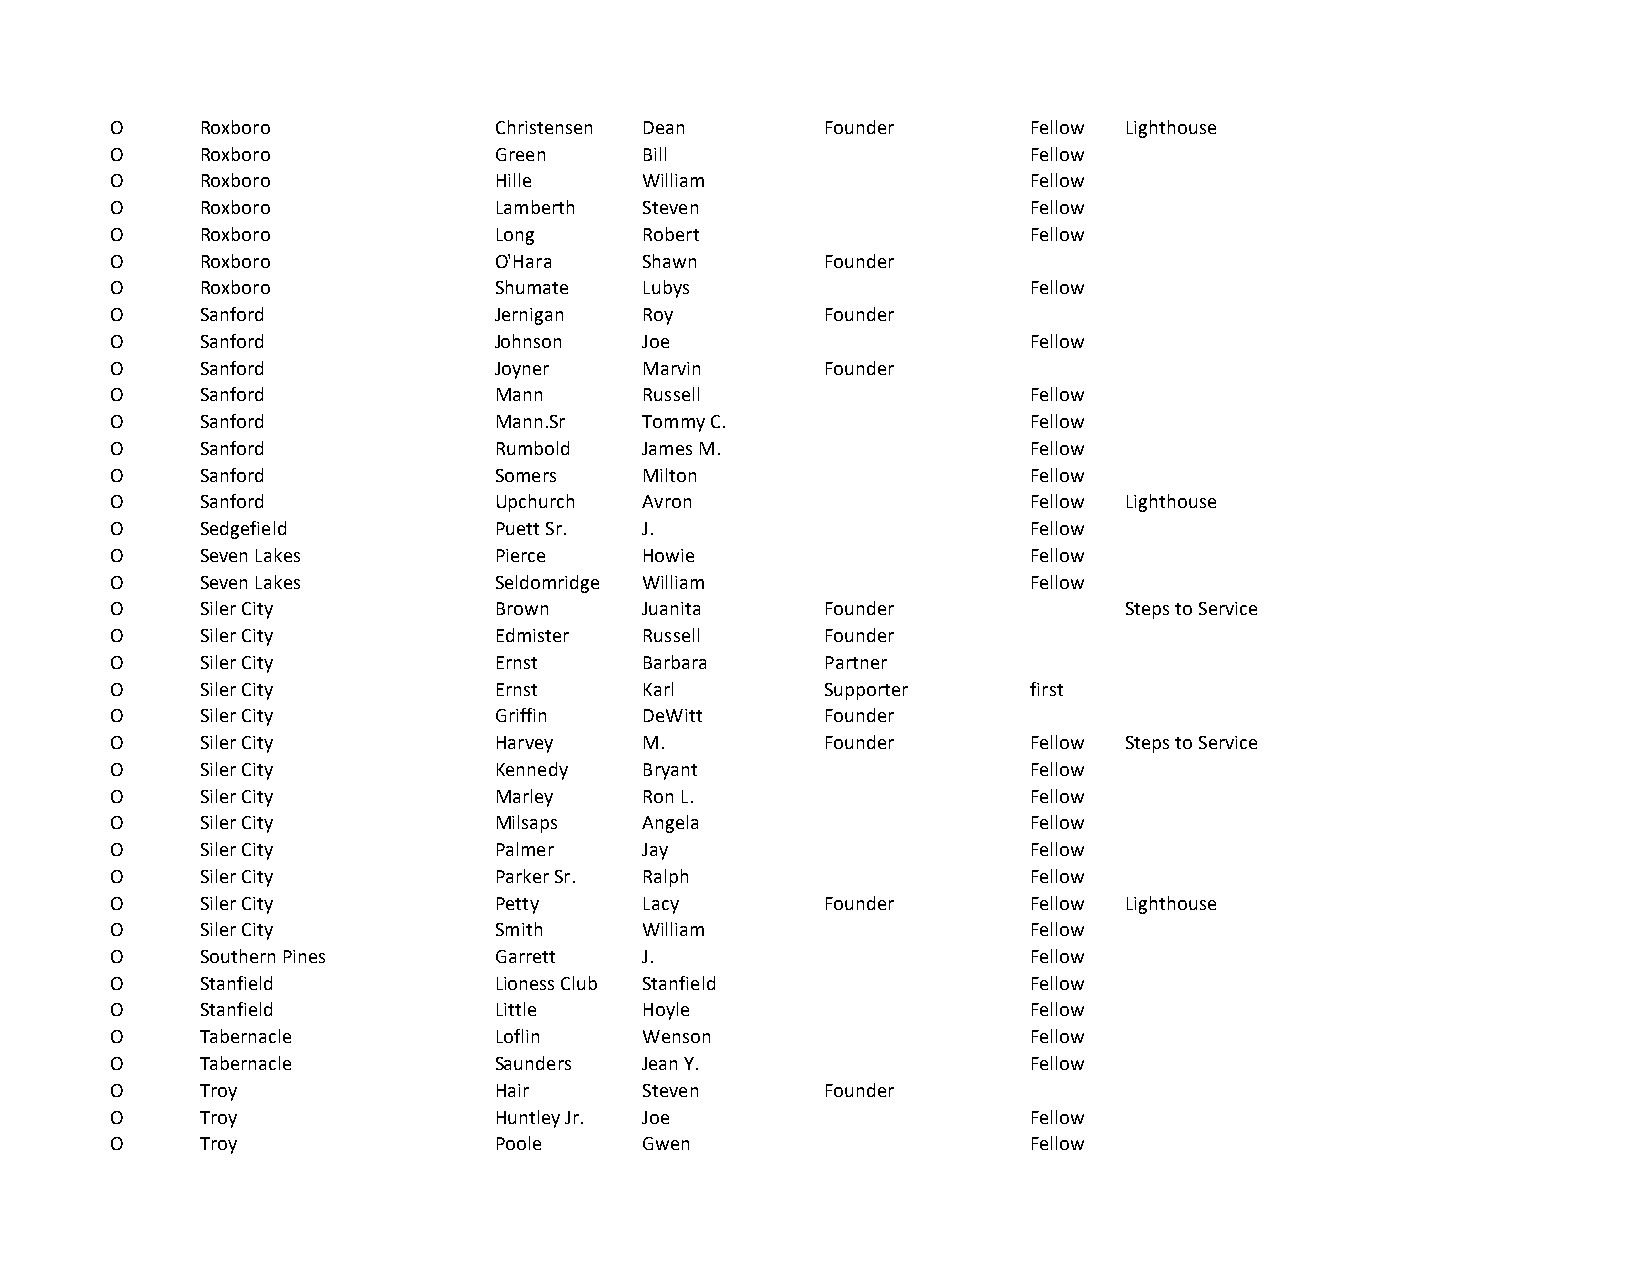
O     Roxboro             Christensen Dean      Founder      Fellow Lighthouse
 O     Roxboro             Green     Bill                     Fellow
 O     Roxboro             Hille     William                  Fellow
 O     Roxboro             Lamberth  Steven                   Fellow
 O     Roxboro             Long      Robert                   Fellow
 O     Roxboro             O'Hara    Shawn       Founder
 O     Roxboro             Shumate   Lubys                    Fellow
 O     Sanford             Jernigan  Roy         Founder
 O     Sanford             Johnson   Joe                      Fellow
 O     Sanford             Joyner    Marvin      Founder
 O     Sanford             Mann      Russell                  Fellow
 O     Sanford             Mann.Sr   Tommy C.                 Fellow
 O     Sanford             Rumbold   James M.                 Fellow
 O     Sanford             Somers    Milton                   Fellow
 O     Sanford             Upchurch  Avron                    Fellow Lighthouse
 O     Sedgefield          Puett Sr. J.                       Fellow
 O     Seven Lakes         Pierce    Howie                    Fellow
 O     Seven Lakes         Seldomridge William                Fellow
 O     Siler City          Brown     Juanita     Founder            Steps to Service
 O     Siler City          Edmister  Russell     Founder
 O     Siler City          Ernst     Barbara     Partner
 O     Siler City          Ernst     Karl        Supporter    first
 O     Siler City          Griffin   DeWitt      Founder
 O     Siler City          Harvey    M.          Founder      Fellow Steps to Service
 O     Siler City          Kennedy   Bryant                   Fellow
 O     Siler City          Marley    Ron L.                   Fellow
 O     Siler City          Milsaps   Angela                   Fellow
 O     Siler City          Palmer    Jay                      Fellow
 O     Siler City          Parker Sr. Ralph                   Fellow
 O     Siler City          Petty     Lacy        Founder      Fellow Lighthouse
 O     Siler City          Smith     William                  Fellow
 O     Southern Pines      Garrett   J.                       Fellow
 O     Stanfield           Lioness Club Stanfield             Fellow
 O     Stanfield           Little    Hoyle                    Fellow
 O     Tabernacle          Loflin    Wenson                   Fellow
 O     Tabernacle          Saunders  Jean Y.                  Fellow
 O     Troy                Hair      Steven      Founder
 O     Troy                Huntley Jr. Joe                    Fellow
 O     Troy                Poole     Gwen                     Fellow